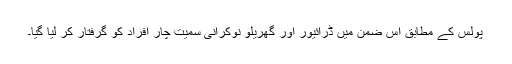
پولس کے مطابق اس ضمن میں ڈرائیور اور گھریلو نوکرانی سمیت چار افراد کو گرفتار کر لیا گیا۔